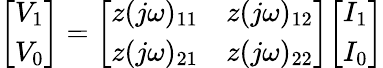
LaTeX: {\left[\begin{array}{l}{V_{1}}\\ {V_{0}}\end{array}\right]}={\left[\begin{array}{ll}{z(j\omega)_{11}}&{z(j\omega)_{12}}\\ {z(j\omega)_{21}}&{z(j\omega)_{22}}\end{array}\right]}{\left[\begin{array}{l}{I_{1}}\\ {I_{0}}\end{array}\right]}